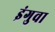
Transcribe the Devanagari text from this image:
इंगुवा